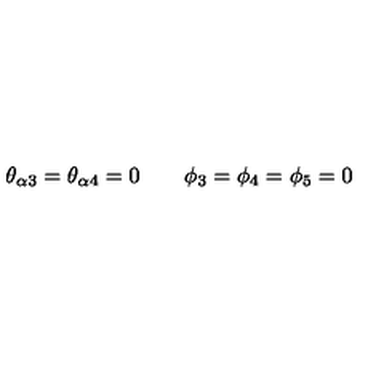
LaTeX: \theta _ { \alpha 3 } = \theta _ { \alpha 4 } = 0 \qquad \phi _ { 3 } = \phi _ { 4 } = \phi _ { 5 } = 0